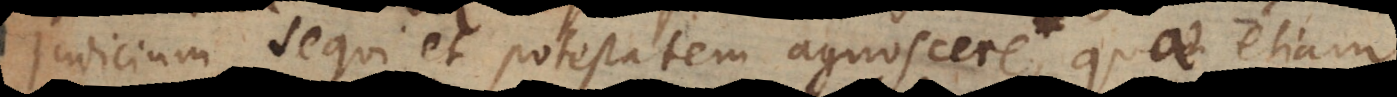
judicium sequi et potestatem agnoscere, quae etiam